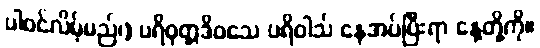
ပါဝင်လိမ့်မည်၊) ပရိဝုတ္တဒိဝသေ ပရိဝါသ် နေအပ်ပြီးရာ နေ့တို့ကို။